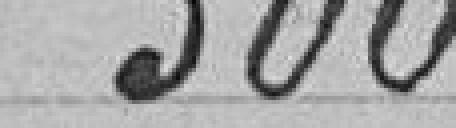
300